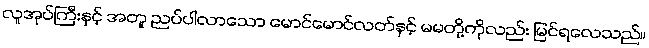
လူအုပ်ကြီးနှင့် အတူ ညပ်ပါလာသော မောင်မောင်လတ်နှင့် မမတို့ကိုလည်း မြင်ရလေသည်။